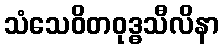
သံသေဝိတဝုဒ္ဓသီလိနာ